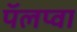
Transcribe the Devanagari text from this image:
पॅलप्वा